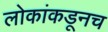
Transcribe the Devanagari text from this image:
लोकांकडूनच